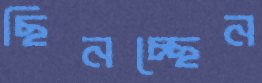
ছিনচ্ছেন